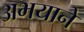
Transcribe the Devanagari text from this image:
अभयाने